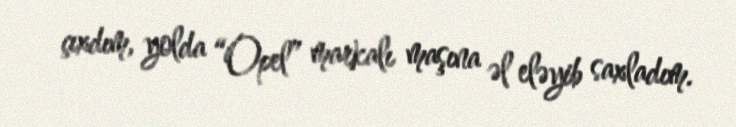
çıxdım, yolda “Opel” markalı maşına əl eləyib saxladım.